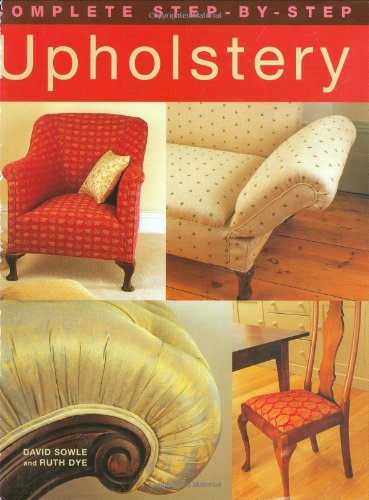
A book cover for Complete Step-by-Step Upholstery; David Sowle; Crafts, Hobbies & Home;